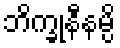
ဘိက္ခုနီနမ္ပိ